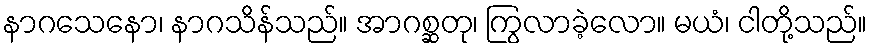
နာဂသေနော၊ နာဂသိန်သည်။ အာဂစ္ဆတု၊ ကြွလာခဲ့လော။ မယံ၊ ငါတို့သည်။